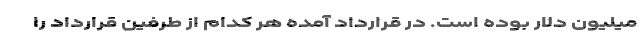
میلیون دلار بوده است. در قرارداد آمده هر کدام از طرفین قرارداد را